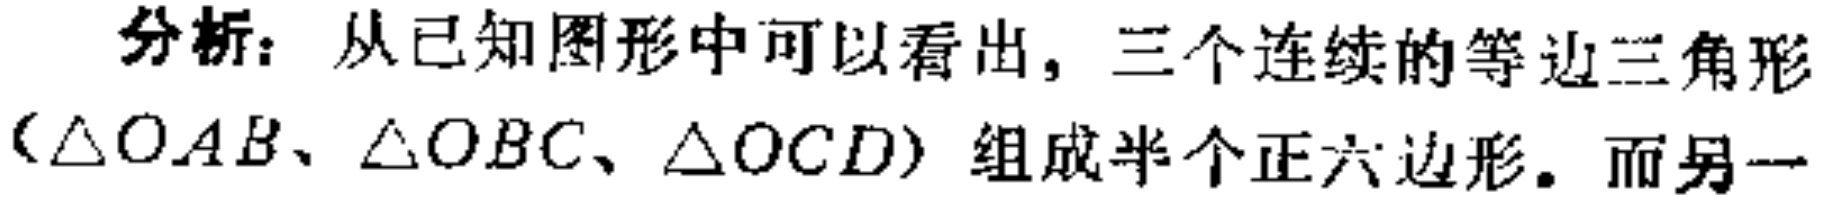
分析：从已知图形中可以看出，三个连续的等边三角形（$\triangle OAB$、$\triangle OBC$、$\triangle OCD$）组成半个正六边形。而另一